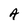
Character: A